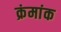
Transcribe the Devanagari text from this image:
क्रंमांक